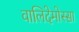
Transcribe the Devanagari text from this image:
वालिदेमोस्सा